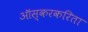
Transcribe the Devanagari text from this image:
ऑस्करकरिता